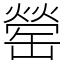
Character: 罃